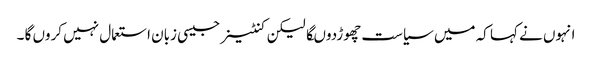
انہوں نے کہا کہ میں سیاست چھوڑدوںگا لیکن کنٹینر جیسی زبان استعمال نہیں کروں گا ۔